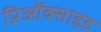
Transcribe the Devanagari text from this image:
प्रिऑक्साइड